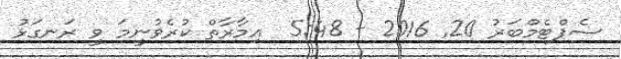
ސެޕްޓެމްބަރު 20